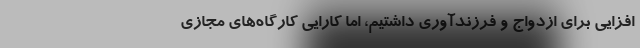
افزایی برای ازدواج و فرزندآوری داشتیم، اما کارایی کارگاه‌های مجازی